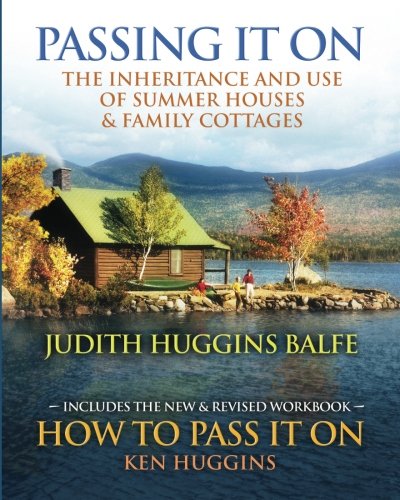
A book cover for Passing It On: The Inheritance and Use of Summer Houses and Family Cottages - Including the workbook: How To Pass It On by Ken Huggins; Judith Huggins-Balfe; Business & Money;